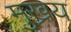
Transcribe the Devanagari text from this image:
मुख्रय